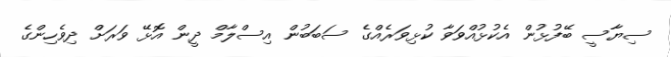
ސިޔާސީ ބޭފުޅުން އެކުޅުއްވަވާ ކުޅިވަރެއްގެ ސަބަބުން އިސްލާމް ދީން އޮޅޭ ވަރަށް ދިވެހިންގެ